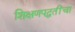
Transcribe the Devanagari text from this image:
शिक्षणपद्धतींचा